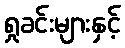
ရှုခင်းများနှင့်